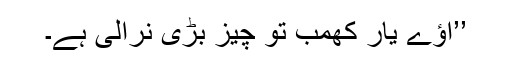
’’اؤے یار کھمب تو چیز بڑی نرالی ہے۔